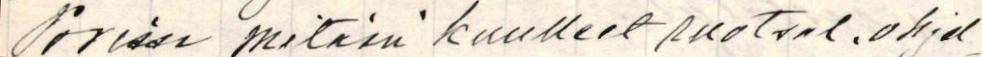
Porissa mitään kuulleet Ruotsal, ohjel-